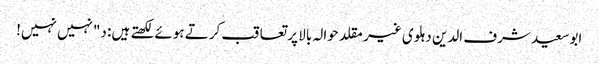
ابوسعید شرف الدین دہلوی غیر مقلد حوالہ بالا پر تعاقب کرتے ہوئے لکھتے ہیں: د"نہیں نہیں!